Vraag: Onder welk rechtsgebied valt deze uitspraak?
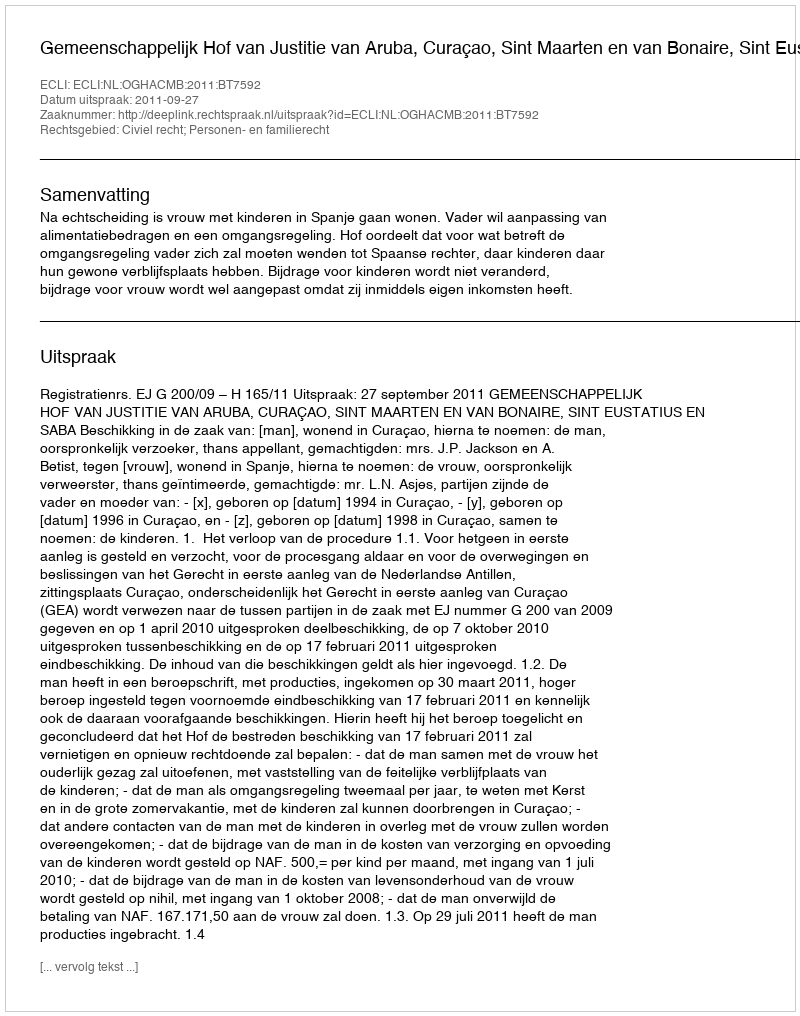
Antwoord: Civiel recht; Personen- en familierecht